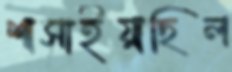
শাসাইয়াছিল